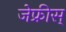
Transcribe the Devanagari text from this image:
जेफ्रीस्